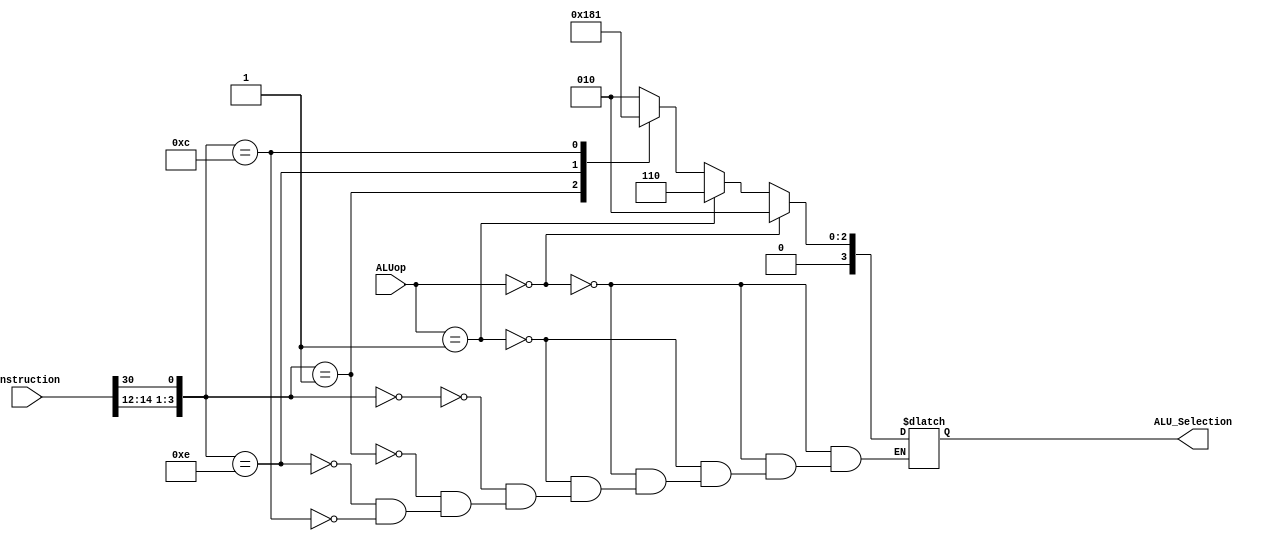
module ALU_ControlUnit(input [1:0] ALUop, input [31:0] Instruction, output reg [3:0] ALU_Selection);
    always @(*) 
        if(ALUop == 2'b00)
            ALU_Selection = 4'b0010;
        else if (ALUop == 2'b01)
            ALU_Selection = 4'b0110;
        else 
            case({Instruction[14:12], Instruction[30]})
                4'b0000: //ADD
                    ALU_Selection=4'b0010;
                4'b0001: //SUB
                    ALU_Selection=4'b0110;
                4'b1110: //AND
                    ALU_Selection=4'b0000;
                4'b1100: //OR
                    ALU_Selection=4'b0001;
            endcase
endmodule